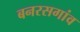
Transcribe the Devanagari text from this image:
बनरसगांव